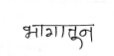
मजकूर: भागातून